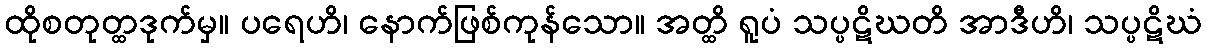
ထိုစတုတ္ထဒုက်မှ။ ပရေဟိ၊ နောက်ဖြစ်ကုန်သော။ အတ္ထိ ရူပံ သပ္ပဋိဃတိ အာဒီဟိ၊ သပ္ပဋိဃံ